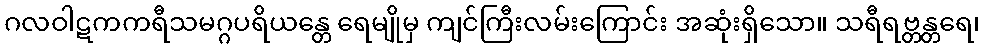
ဂလဝါဋကကရီသမဂ္ဂပရိယန္တေ ရေမျိုမှ ကျင်ကြီးလမ်းကြောင်း အဆုံးရှိသော။ သရီရဗ္တန္တရေ၊